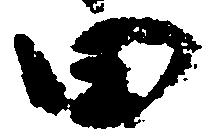
田